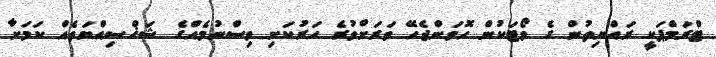
ޓްރަމްޕަކީ ރައްޔިތުން ގެ ވޯޓަކުން ހޮވަންޖެހޭ ވަރަށްވުރެ ހަރުކަށި ވިސްނުމެއްގެ ޝަޚްސިއްޔަތެއް ކަމަށާ